Scottish Certificate of Education, 1962
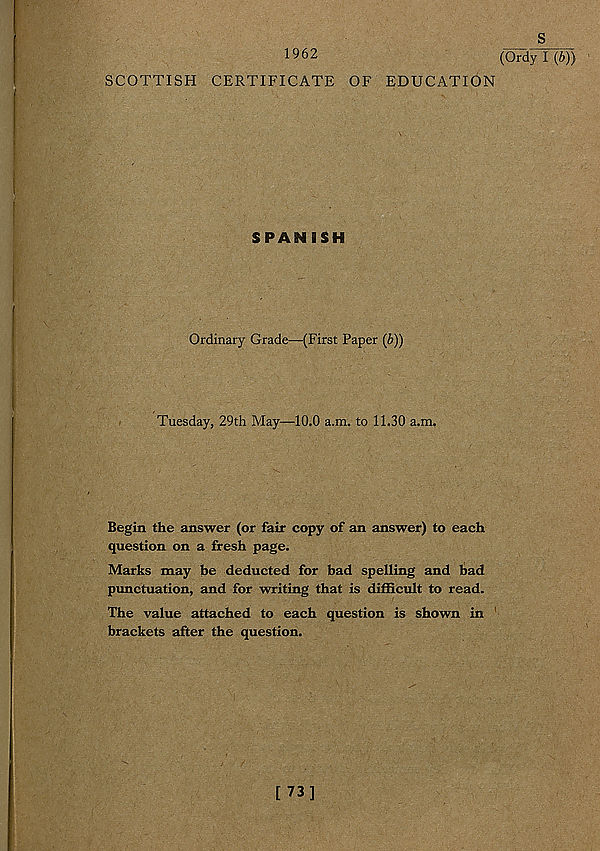
1962
SCOTTISH CERTIFICATE OF EDUCATION
SPAN ISH
Ordinary Grade—(First Paper (/>))
Tuesday, 29th May—10.0 a.m. to 11.30 a.m.
Begin the answer (or fair copy of an answer) to each
question on a fresh page.
Marks may be deducted for bad spelling and bad
punctuation, and for writing that is difficult to read.
The value attached to each question is shown in
brackets after the question.
S
(Ordy I (b))
[73]